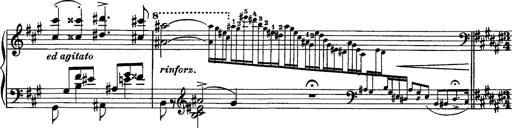
Title: Piano Sonata
Composer: Karl HÃ¤ssler
Key: C major